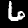
Label: 6